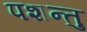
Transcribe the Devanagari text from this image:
पशन्तु